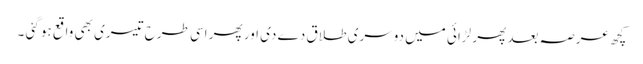
کچھ عرصہ بعد پھر لڑائی میں دوسری طلاق دے دی اور پھر اسی طرح تیسری بھی واقع ہو گئی ۔